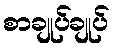
စာချုပ်ချုပ်